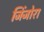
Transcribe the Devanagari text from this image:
जिंजोरा